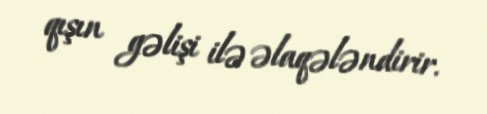
qışın gəlişi ilə əlaqələndirir.